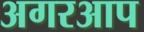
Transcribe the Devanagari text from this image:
अगरआप